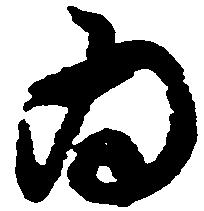
為